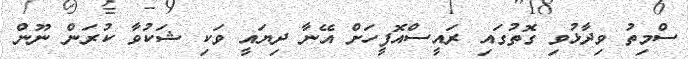
ސްމިތު ވިދާޅުވި ގޮތުގައި ރައީސްއޮފީހަށް އޭނާ ދިޔައީ ވަކި ޝަކުވާ ކުރަން ނޫން